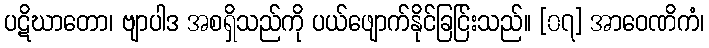
ပဋိဃာတော၊ ဗျာပါဒ အစရှိသည်ကို ပယ်ဖျောက်နိုင်ခြင်ြးသည်။ [၀၇] အာဝေဏိကံ၊